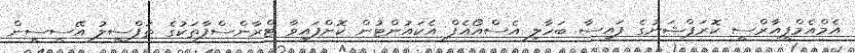
އެމްއެމްޕީއާރްސީ ކޮރަޕްޝަނުގެ ފައިސާ ބަހާލި އެސްއޯއެފް އެކައުންޓުން ކޮށްފައިވާ ޓްރާންސްފާތަކުގެ ތަފްސީލު އޭސީސީން